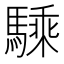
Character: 騬